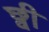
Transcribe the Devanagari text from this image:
छ्वी